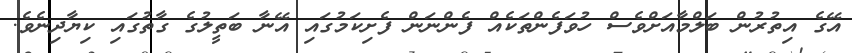
އޭގެ އިތުރުން ބަލްމާއަށްވެސް ހުވަފެންތަކެއް ފެންނަން ފެށިކަމުގައި އޭނާ ބަތީލުގެ ގާތުގައި ކިޔާދިނެވެ.